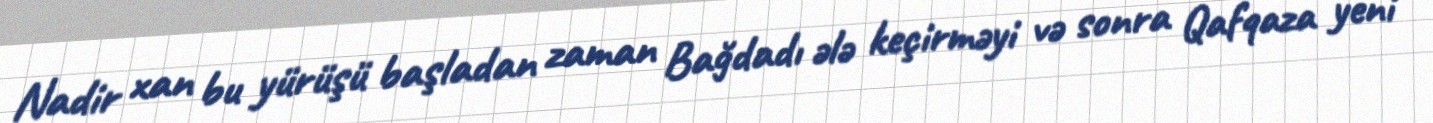
Nadir xan bu yürüşü başladan zaman Bağdadı ələ keçirməyi və sonra Qafqaza yeni